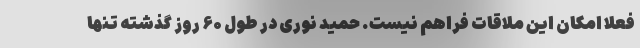
فعلا امکان این ملاقات فراهم نیست. حمید نوری در طول ۶۰ روز گذشته تنها